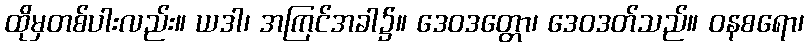
ထိုမှတစ်ပါးလည်း။ ယဒါ၊ အကြင်အခါ၌။ ဒေဝဒတ္တော၊ ဒေဝဒတ်သည်။ ဝနစရော၊